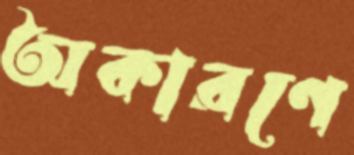
অকারণে